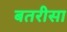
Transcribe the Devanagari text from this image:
बतरीसा